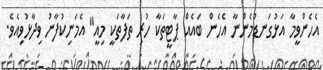
އެހެންވީމާ އަޅުގަނޑުމެންނާ އެހެން ބައެއް ޕާޓީތަކާ ހުރި ތަފާތަކީ މިއީ" އެމަނިކުފާނު ވިދާޅުވިއެވެ.